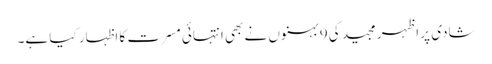
شادی پر اظہر مجید کی 9 بہنوں نے بھی انتہائی مسرت کا اظہار کیا ہے۔